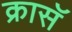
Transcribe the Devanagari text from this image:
क्रासॅ